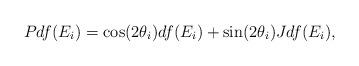
LaTeX: \begin{align*}Pdf(E_i)=\cos(2\theta_i)df(E_i)+\sin(2\theta_i)Jdf(E_i),\end{align*}